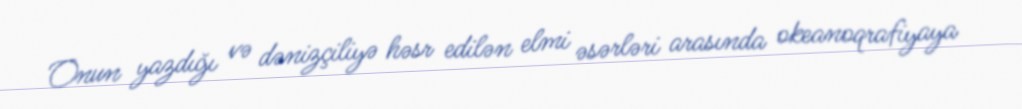
Onun yazdığı və dənizçiliyə həsr edilən elmi əsərləri arasında okeanoqrafiyaya